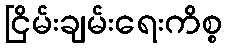
ငြိမ်းချမ်းရေးကိစ္စ